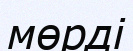
мөрді